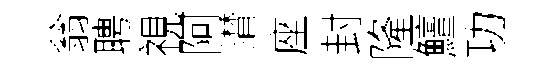
翁聘視阿潸座封隆鱣功